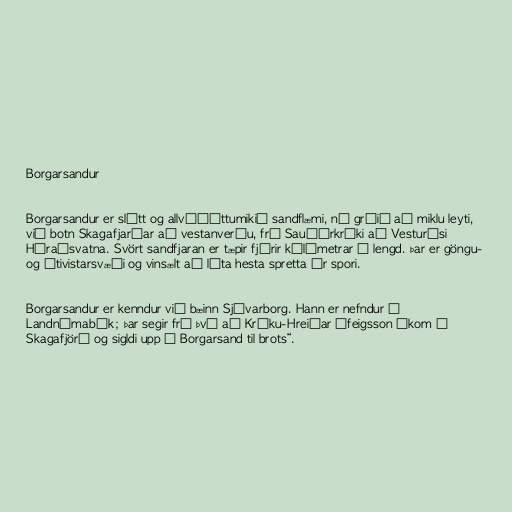
Borgarsandur

Borgarsandur er slétt og allvíðáttumikið sandflæmi, nú gróið að miklu leyti,
við botn Skagafjarðar að vestanverðu, frá Sauðárkróki að Vesturósi
Héraðsvatna. Svört sandfjaran er tæpir fjórir kílómetrar á lengd. Þar er göngu-
og útivistarsvæði og vinsælt að láta hesta spretta úr spori.

Borgarsandur er kenndur við bæinn Sjávarborg. Hann er nefndur í
Landnámabók; þar segir frá því að Kráku-Hreiðar Ófeigsson „kom í
Skagafjörð og sigldi upp á Borgarsand til brots“.